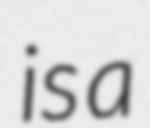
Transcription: is a